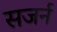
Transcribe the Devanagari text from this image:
सजर्न